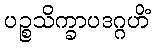
ပဉ္စသိက္ခာပဒဂ္ဂဟိံ